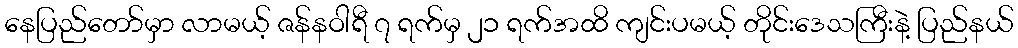
နေပြည်တော်မှာ လာမယ့် ဇန်နဝါရီ ၇ ရက်မှ ၂၁ ရက်အထိ ကျင်းပမယ့် တိုင်းဒေသကြီးနဲ့ ပြည်နယ်